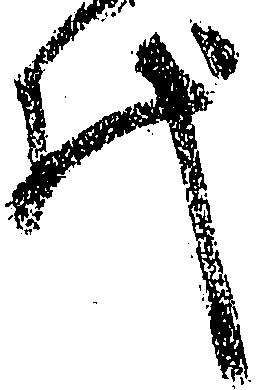
代